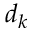
d _ { k }